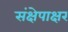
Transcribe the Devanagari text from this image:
संक्षेपाक्षर